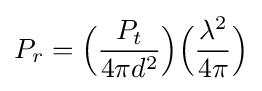
P_{r}={\Big (}{P_{t} \over 4\pi d^{2}}{\Big )}{\Big (}{\lambda ^{2} \over 4\pi }{\Big )}